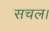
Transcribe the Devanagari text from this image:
सचल।